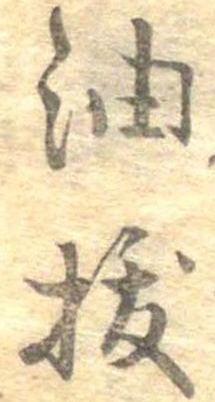
油抜